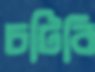
চটিবি